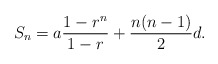
\begin{align*} S_n=a\frac{1-r^n}{1-r}+\frac{n(n-1)}{2}d.\end{align*}